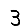
Digit: 3